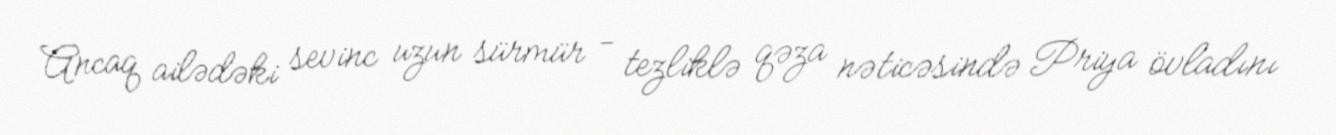
Ancaq ailədəki sevinc uzun sürmür - tezliklə qəza nəticəsində Priya övladını